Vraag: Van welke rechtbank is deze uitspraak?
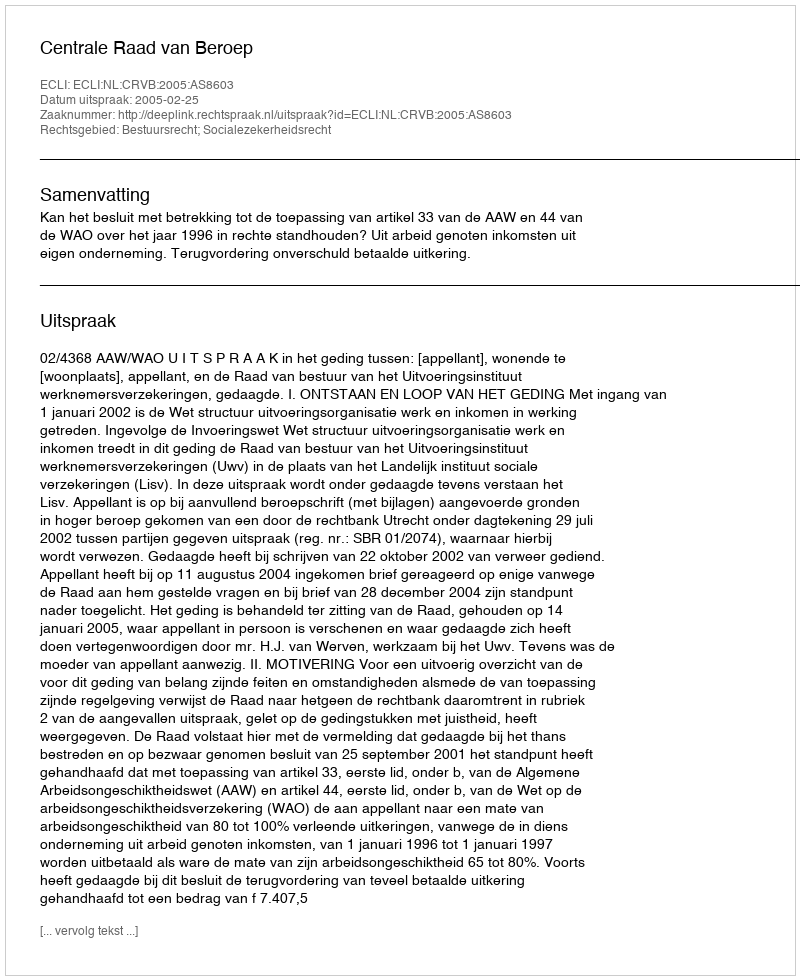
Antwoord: Centrale Raad van Beroep